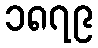
၁၈၇၉